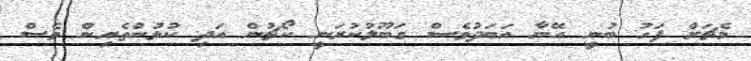
މެޗަށް ފަހު ބުނީ އޭނާ އަބަދުވެސް ގަބޫލުކުރަނީ ކޯޗުން އަދި ކުޅުންތެރިން ވެސް